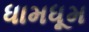
ધામધૂમ